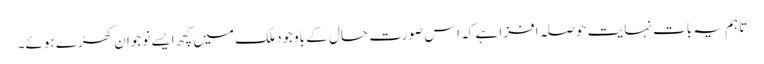
تاہم یہ بات نہایت حوصلہ افزا ہے کہ اس صورت حال کے باوجود ملک میں کچھ ایسے نوجوان کھڑے ہوئے۔